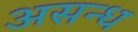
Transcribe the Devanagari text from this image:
असन्ध